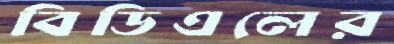
বিডিএলের